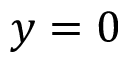
y = 0